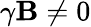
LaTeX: \gamma\mathbf{B}\neq0